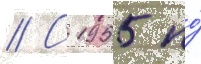
// С 1955 по́